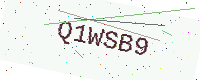
Text: Q1WSB9